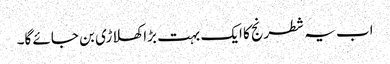
اب یہ شطرنج کا ایک بہت بڑا کھلاڑی بن جائے گا۔